Indian journal of veterinary science and animal husbandry - Volumes 15-17, 1948-1951
Year: 1948
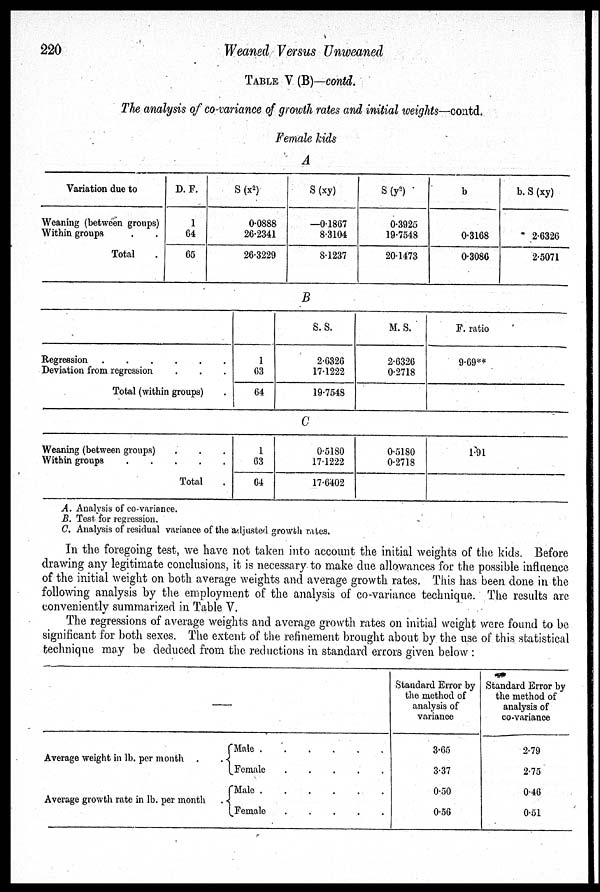
220
Weaned
Versus Unweaned
TABLE V (B)—contd.
The analysis of co-variance of growth rates and initial weights—contd.
Female kids
A
Variation due to
Weaning (between groups)
Within groups . .
Total .
D. P.
1
64
65
S (x 2 )
0.0888
26.2341
26.3229
S (xy)
—0.1867
8.3104
8.1237
S (y 2 )
0.3925
19.7548
20.1473
b
0.3168
0.3086
b. S (xy)
2.6326
2.5071
B
Regression .
.
.
.
.
.
Deviation from regression . . .
Total (within groups) .
1
63
64
S.S.
2.6326
17.1222
19.7548
M. S.
2.6326
0.2718
F. ratio
9.69**
C
Weaning (between groups) . . .
Within groups . . . . .
Total .
1
63
64
0.5180
17.1222
17.6402
0.5180
0.2718
1.91
A. Analysis of co-variance.
B. Test for regression.
C. Analysis of residual variance of the adjusted growth rates.
In the foregoing test, we have not taken into account the initial weights of the kids. Before
drawing any legitimate conclusions, it is necessary to make due allowances for the possible influence
of the initial weight on both average weights and average growth rates. This has been done in the
following analysis by the employment of the analysis of co-variance technique. The results are
conveniently summarized in Table V.
The regressions of average weights and average growth rates on initial weight were found to be
significant for both sexes. The extent of the refinement brought about by the use of this statistical
technique may be deduced from the reductions in standard errors given below :
—
Average weight in lb. per month . . {
Average growth rate in lb. per month . {
Male . . . . . .
Female . . . . . .
Male . . . . . .
Female . . . . . .
Standard Error by
the method of
analysis of
variance
3.65
3.37
0.50
0.56
Standard Error by
the method of
analysis of
co-variance
2.79
2.75
0.46
0.51